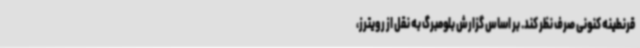
قرنطینه کنونی صرف نظر کند. بر اساس گزارش بلومبرگ به نقل از رویترز،